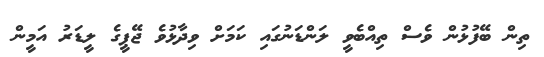
ތިން ބޭފުޅުން ވެސް ތިއްބެވީ ލަންޑަނުގައި ކަމަށް ވިދާޅުވެ ޖޭޕީގެ ލީޑަރު އަމީން